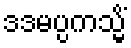
ဒဒမပ္ပကသ္မိံ